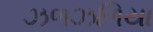
ઝળઝળિયા